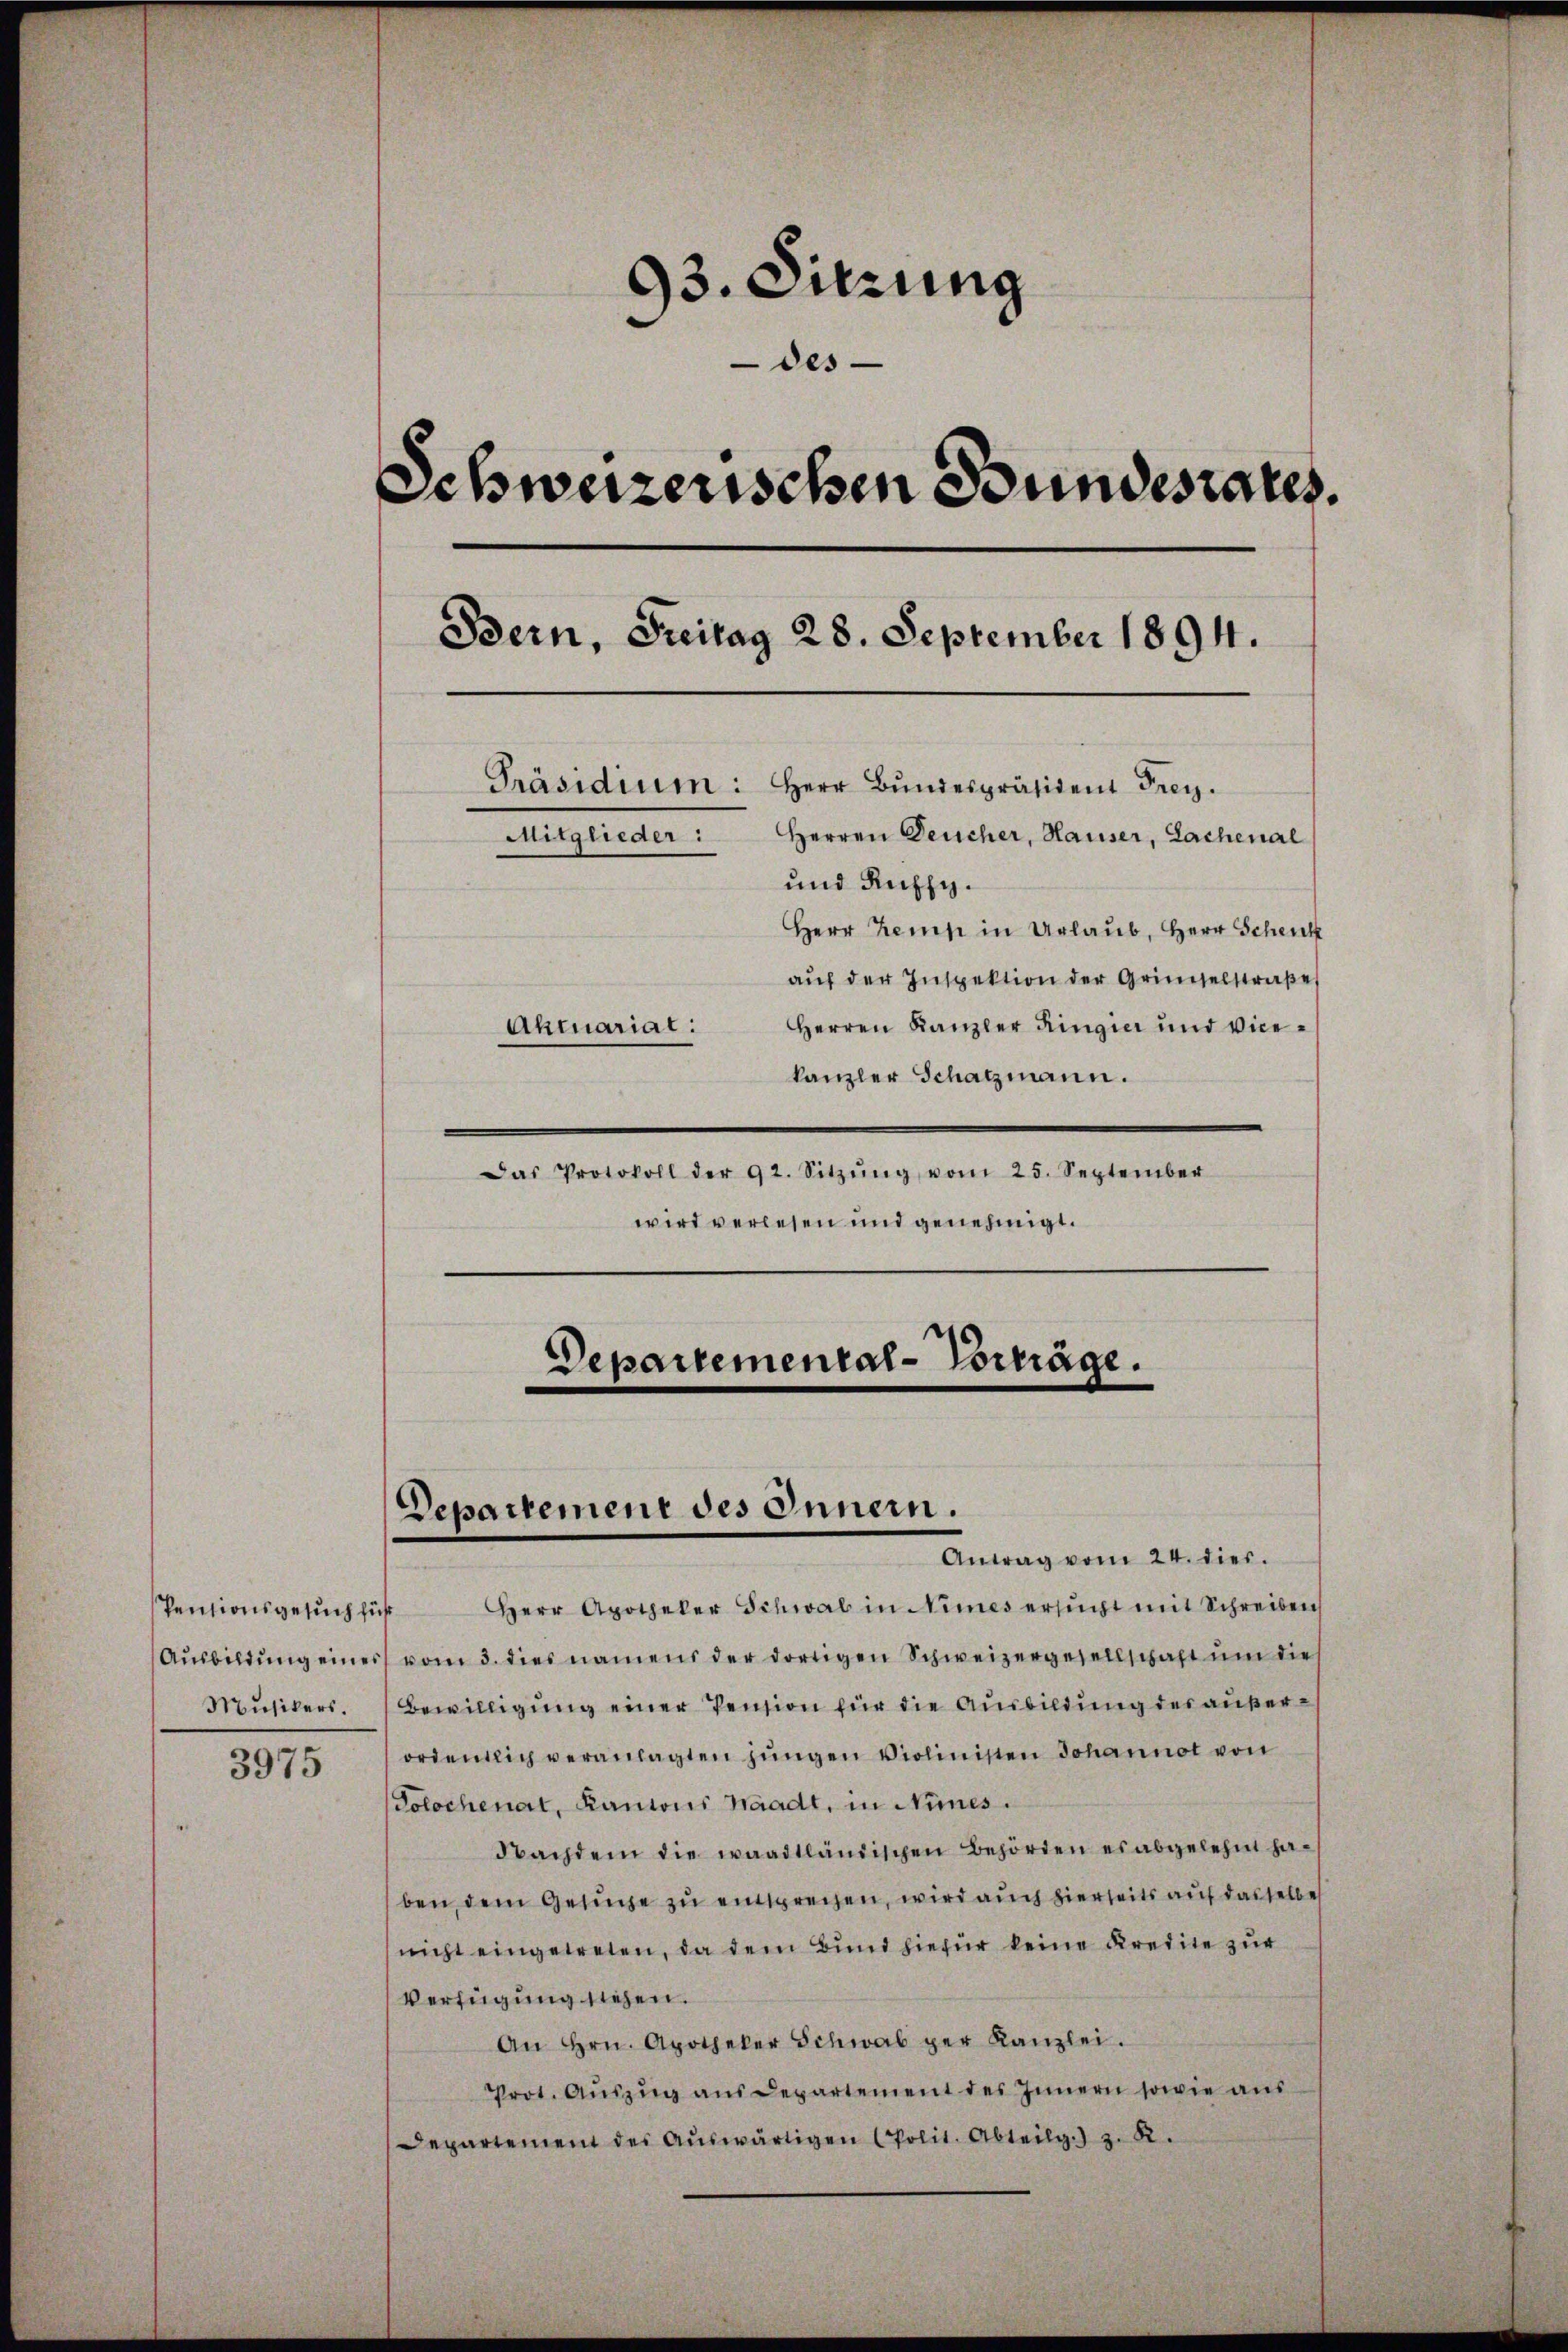
Musikers.

3975

93. Sitzung
des
Schweizerischen Bundesrates.
Bern, Freitag 28. September 1894.
Präsidium: Herr Bŭndespräsident Frey.
Herren Deucher, Hauser, Lachenal
Mitglieder:
und Ruffy.
Herr Kemp in Urlaub, Herr Schenk
auf der Inspektion der Gründelstraße
Herren Kanzler Ringia und Vice¬
Ahtuariat:
kanzler Schatzmann.

Departemental-Vorträge.
Departement des Innern.
Antrag vom 24. dies.

Das Protokoll der 92. Sitzŭng vom 25. September
wird verlesen und genehmigt.
e

Pensionsgesŭch für Herr Apotheker Schwal in Nimes ersucht mit Schreiben
Ausbildung eines vom 3. dies namens der dortigen Schweizergesellschaft um dies
Bewilligung einer Pension für die Ausbildung des außerordentlich veranlagten jungen Violinisten Johannot von
Polochenat, Kantons Waadt, in Nies
Nachdem die waadtländischen Behörden es abgelehnt haben, dem Gesuche zu einsprechen, wird auch hierseits auf dasselbe
nicht eingetreten, da dem Bund hiefür keine Kredite zur
Verfügung siehen.
An Hrn. Apotheker Schwab per Kanzlei.
Prot. Aŭszŭg ans Departement des Innern sowie aŭs
Departement der Auswärtigen Polit. Abteilg.) z. B.